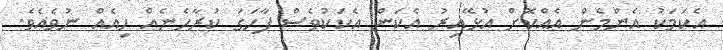
އެކަމަކު އެންމެން އެއްކޮށް އުޅޭއިރު އެކަން އެކަކުވެސް ފާހަގަ ކުރާހެނެއް ހިއެއް ނުވެއެވެ.